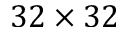
3 2 \times 3 2